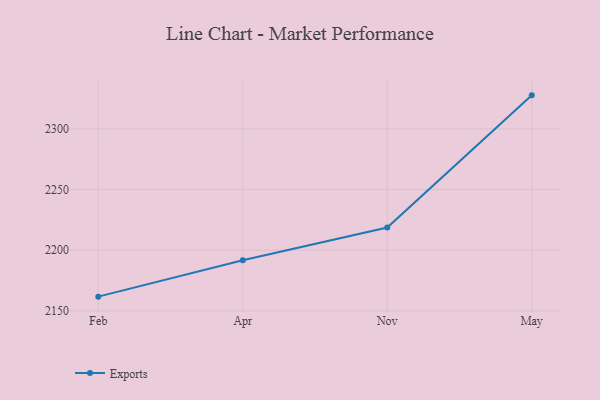
{"axis": {"x": "Month", "y": "Budget (USD K)"}, "legend": ["Exports"], "data": [{"x": "Feb", "y": 2161.7, "type": "Exports"}, {"x": "Apr", "y": 2191.7, "type": "Exports"}, {"x": "Nov", "y": 2218.7, "type": "Exports"}, {"x": "May", "y": 2327.6, "type": "Exports"}]}